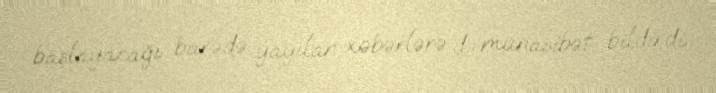
başlayacağı barədə yayılan xəbərlərə də münasibət bildirdi.